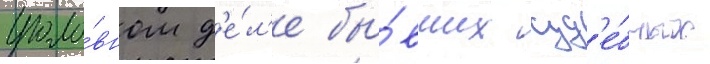
уголо́вном д'е́л'е бы́вших суд'е́бных